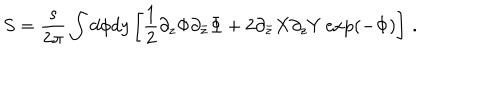
LaTeX: S = \frac { s } { 2 \pi } \int d \phi d y \left[ \frac 1 2 \partial _ { z } \Phi \partial _ { \bar { z } } \Phi + 2 \partial _ { \bar { z } } X \partial _ { z } Y \exp ( - \Phi ) \right] \, .